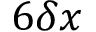
6 \delta x